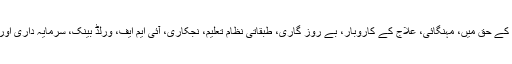
ریلی میں شکاگو کے محنت کشوں کی جدوجہد کے حق میں، مہنگائی، علاج کے کاروبار، بے روز گاری، طبقاتی نظام تعلیم، نجکاری، آئی ایم ایف، ورلڈ بینک، سرمایہ داری اور سامراجیت کے خلا ف نعرے بازی کی گئی ۔